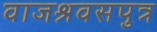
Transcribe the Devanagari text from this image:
वाजश्रवसपुत्र